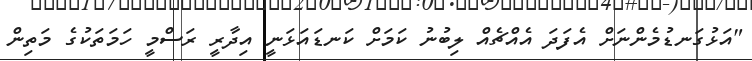
"އަޅުގަނޑުމެންނަށް އެފަދަ އެއްޗެއް ލިބުނު ކަމަށް ކަނޑައަޅަނީ އިދާރީ ރަސްމީ ހަމަތަކުގެ މަތިން